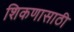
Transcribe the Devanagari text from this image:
शिकणासाठी